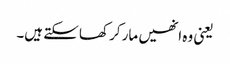
یعنی وہ انھیں مار کر کھا سکتے ہیں۔